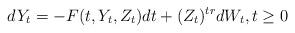
LaTeX: \begin{align*}dY_t=-F(t,Y_t,Z_t)dt+(Z_t)^{tr}dW_t, t\geq 0\end{align*}